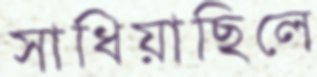
সাধিয়াছিলে